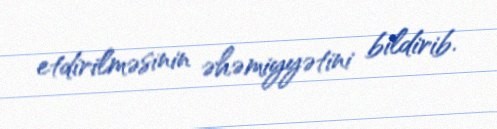
etdirilməsinin əhəmiyyətini bildirib.